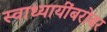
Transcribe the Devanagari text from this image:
स्वाध्यायींबरोबर